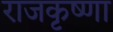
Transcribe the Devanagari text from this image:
राजकृष्णा